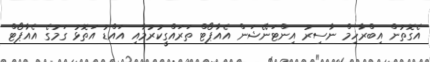
އެގޮތުން އިބްރާހިމް ނާސިރު އިންޓަނޭޝަން އެއާޕޯޓް ތަރައްގީކުރުމާއި އައްޑު އަތޮޅު ގަމުގެ އެއާޕޯޓް